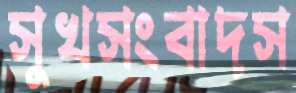
সুখসংবাদস